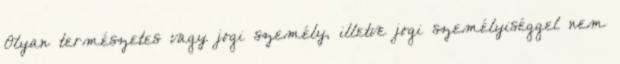
Olyan természetes vagy jogi személy, illetve jogi személyiséggel nem